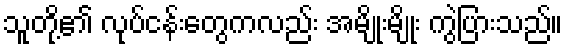
သူတို့၏ လုပ်ငန်းတွေကလည်း အမျိုးမျိုး ကွဲပြားသည်။